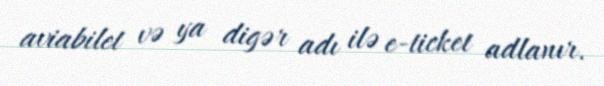
aviabilet və ya digər adı ilə e-ticket adlanır.